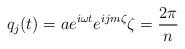
LaTeX: \begin{align*}q_{j}(t)=ae^{i\omega t}e^{ijm\zeta}\zeta=\frac{2\pi}{n}\end{align*}